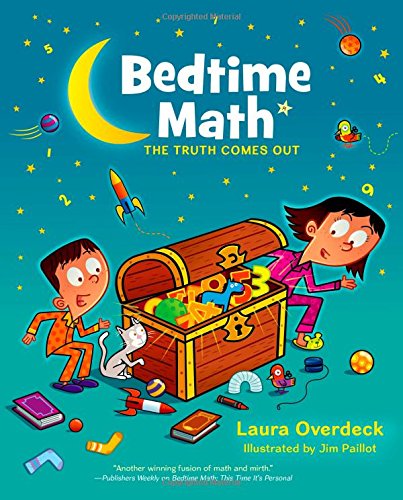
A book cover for Bedtime Math: The Truth Comes Out (Bedtime Math Series); Laura Overdeck; Children's Books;